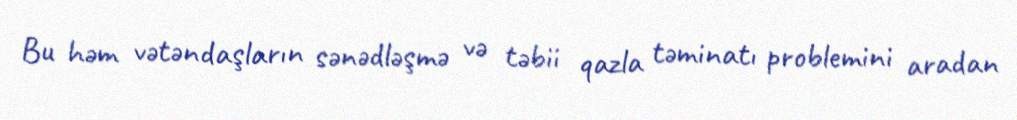
Bu həm vətəndaşların sənədləşmə və təbii qazla təminatı problemini aradan